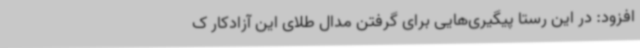
افزود: در این رستا پیگیری‌هایی برای گرفتن مدال طلای این آزادکار ک